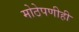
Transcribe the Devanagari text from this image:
मोठेपणीही